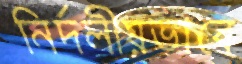
নির্দলীয়ভাবে